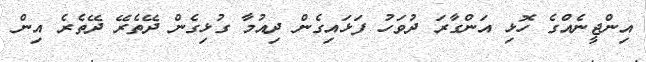
އިންޖީނެއްގެ ހޮޅި އަންގާރަ ދުވަހު ފަޅައިގެން ދިއުމާ ގުޅިގެން ދޭތެރޭ ދޭތެރެ އިން